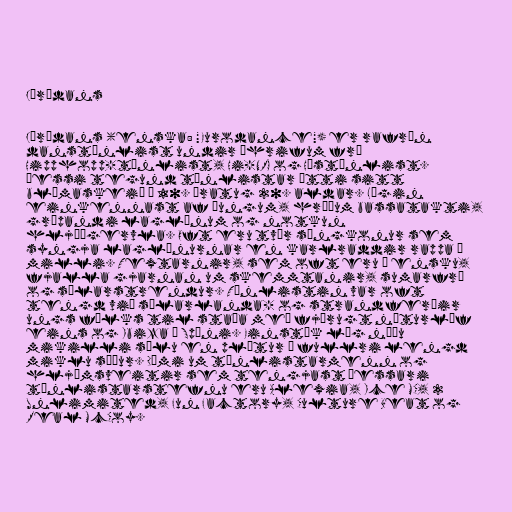
Júródans

Júródans (enska: "Eurodance") er rafræn
danstónlist undir áhrifum frá
Hipphopp-tónlist, Hi-NRG og Hústónlist.
Þessi tegund tónlistar átti sitt
blómaskeið á 10. áratug 20. aldar. Lögin
einkennast af þungum, hröðum bassatakti,
grípandi laglínum og notkun
hljóðgervla. Oft eru tvær söngkonur sem
syngja laglínurnar en karlraddir rappa á
milli. Textarnir, sem oft eru á ensku,
fjalla gjarnan um skemmtanir, sumarfrí
og sólarstrendur. Tónlistin var oft
tengd við sólarlanda- og strandferðir
ungs fólks til staða með fjörugt næturlíf
eins og Ibiza á Spáni. Einstök lög náðu
mikilli sölu en plötur í fullri lengd
miklu síður. Dæmi um tónlistarmenn og
hljómsveitir sem tengjast þessari
tónlistarstefnu eru Alexia, Ice MC, 2
Unlimited, Fun Factory, Culture Beat og
Real McCoy.